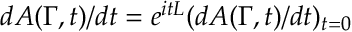
d A ( \Gamma , t ) / d t = e ^ { i t L } ( d A ( \Gamma , t ) / d t ) _ { t = 0 }